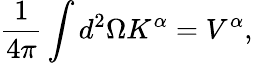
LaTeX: \frac{1}{4\pi}\int d^{2}\Omega K^{\alpha}=V^{\alpha},